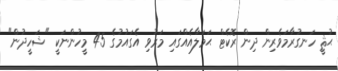
ޙުޘީ ހަނގުރާމަވެރިން ދިން ރޮކެޓް ޙަމަލާއެއްގައި މަރުވި އެގައުމުގެ 45 މީހުންނަކީ "ޝަހީދުން"